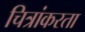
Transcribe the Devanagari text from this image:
चित्रांकरता